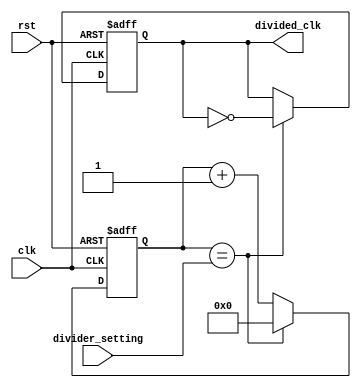
module frequency_divider (
    input wire clk, // incoming clock signal from frequency synthesizer
    input wire rst, // reset signal
    input wire [7:0] divider_setting, // user-defined frequency divider settings
    output reg divided_clk // output divided clock signal
);

reg [7:0] counter;

always @(posedge clk or posedge rst) begin
    if (rst) begin
        counter <= 8'h00; // initialize counter to 0
        divided_clk <= 1'b0; // initialize divided clock signal to 0
    end else begin
        if (counter == divider_setting) begin
            counter <= 8'h00; // reset counter
            divided_clk <= ~divided_clk; // toggle divided clock signal
        end else begin
            counter <= counter + 1; // increment counter
        end
    end
end

endmodule